King Institute of Preventive Medicine Bacteriolog. Section reports 1907-08
Year: 1907
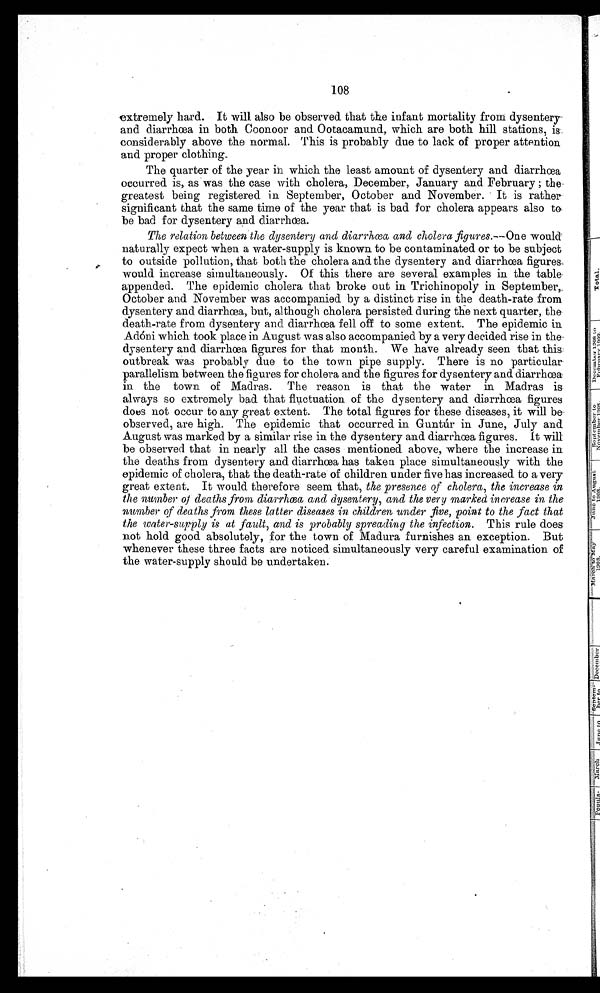
108
extremely hard. It will also be observed that the infant mortality from dysentery
and diarrhœa in both Coonoor and Ootacamund, which are both hill stations, is
considerably above the normal. This is probably due to lack of proper attention
and proper clothing.
The quarter of the year in which the least amount of dysentery and diarrhœa
occurred is, as was the case with cholera, December, January and February ; the,
greatest being registered in September, October and November. It is rather
significant that the same time of the year that is bad for cholera appears also to
be bad for dysentery and diarrhœ a.
The relation between the dysentery and diarrhœa, and cholera figures.----Onew o u l d
naturally expect when a water-supply is known to be contaminated. or to be subject
to outside pollution, that both the cholera and the dysentery and diarrhœa figures
would increase simultaneously. Of this there are several examples in the table
appended. The epidemic cholera that broke out in Trichinopoly in September,
October and November was accompanied by a distinct rise in the death-rate from
dysentery and diarrhœa, but, although cholera persisted during the next quarter, the
death-rate from dysentery and diarrhœa fell off to some extent. The epidemic in
Adòni which took place in August was also accompanied by a very decided rise in the
dysentery and diarrhœa figures for that month. We have already seen that this
outbreak was probably due to the town pipe supply. There is no particular
parallelism between the figures for cholera and the figures for dysentery and diarrhœa
in the town of Madras. The reason is that the water in Madras is
always so extremely bad that fluctuation of the dysentery and diarrhœa figures
does not occur to any great extent. The total figures for these diseases, it will be
observed, are high. The epidemic that occurred in Guntùr in June, July and
August was marked by a similar rise in the dysentery and diarrhœa figures. It will
be observed that in nearly all the cases mentioned above, where the increase in
the deaths from dysentery and diarrhœa has taken place simultaneously with the
epidemic of cholera, that the death-rate of children under five has increased to a very
great extent. It would therefore seem that, the presence of cholera, the increase in
the number of deaths from diarrhœa and dysentery, and the very marked increase in the
number of deaths from these latter diseases in children under five, point to the fact that
the water-sapply is at fault, and is probably spreading the infection. This rule does
not hold good absolutely, for the town of Madura furnishes an exception. But
whenever these three facts are noticed simultaneously very careful examination of
the water-supply should be undertaken.